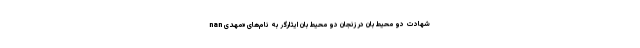
nan شهادت دو محیط‌بان در زنجان دو محیط‌بان ایثارگر به نام‌های «مهدی